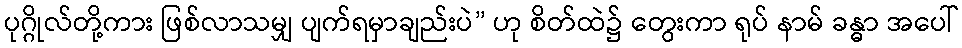
ပုဂ္ဂိုလ်တို့ကား ဖြစ်လာသမျှ ပျက်ရမှာချည်းပဲ” ဟု စိတ်ထဲ၌ တွေးကာ ရုပ် နာမ် ခန္ဓာ အပေါ်